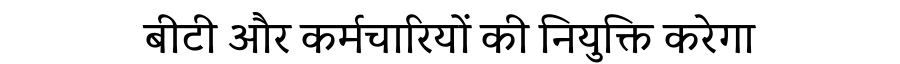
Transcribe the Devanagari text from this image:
बीटी और कर्मचारियों की नियुक्ति करेगा